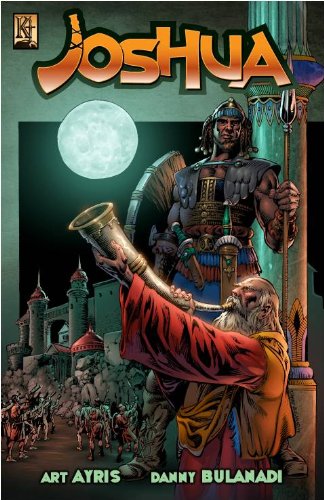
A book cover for Joshua; Art Ayris; Comics & Graphic Novels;